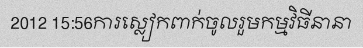
2012 15:56ការស្លៀកពាក់ចូលរួមកម្មវិធីនានា